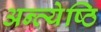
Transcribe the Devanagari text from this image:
अन्त्येष्ठि